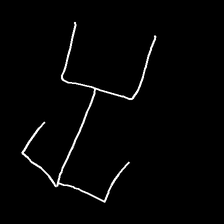
Glyph: entwine